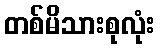
တစ်မိသားစုလုံး